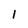
Character: l